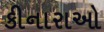
કીનારાઓ